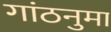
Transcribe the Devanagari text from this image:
गांठनुमा